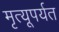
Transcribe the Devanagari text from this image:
मृत्यूपर्यत